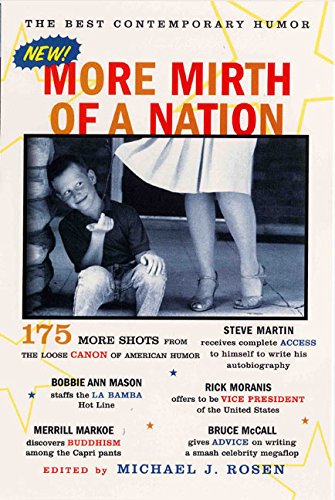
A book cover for More Mirth of a Nation : The Best Contemporary Humor; Michael J. Rosen; Humor & Entertainment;